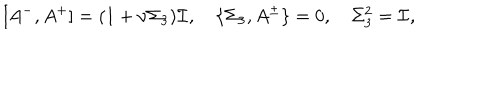
[ A ^ { - } , A ^ { + } ] = ( 1 + \nu \Sigma _ { 3 } ) { \cal I } , \quad \{ \Sigma _ { 3 } , A ^ { \pm } \} = 0 , \quad \Sigma _ { 3 } ^ { 2 } = { \cal I } ,